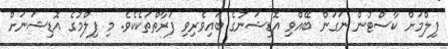
ފިލްމަށް ކާސްޓުން ނަގަން ބޭއްވި އޮޑިޝަނުގެ ބައިވެރިވި ފަރާތްތަކެކެވެ. މި ފިލްމުގެ އޮޑިޝަނަށް